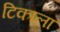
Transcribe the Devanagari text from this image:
टिकाला